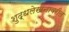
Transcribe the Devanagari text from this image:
शुद्धलेखनावरील